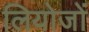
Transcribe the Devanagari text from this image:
लियोजों